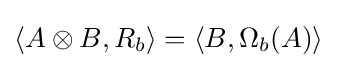
\langle A\otimes B,R_{b}\rangle =\langle B,\Omega _{b}(A)\rangle